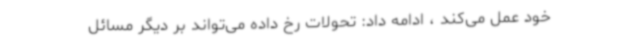
خود عمل می‌کند ، ادامه داد: تحولات رخ داده می‌تواند بر دیگر مسائل